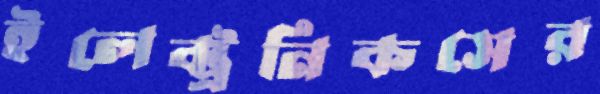
ইলেক্ট্রনিকসের